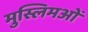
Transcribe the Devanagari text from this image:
मुस्लिमओं